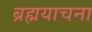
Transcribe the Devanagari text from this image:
ब्रह्मयाचना